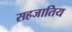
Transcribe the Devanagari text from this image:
सहजातिय